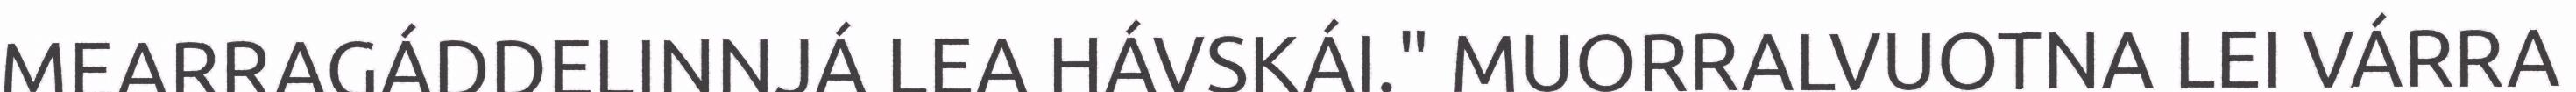
MEARRAGÁDDELINNJÁ LEA HÁVSKÁI." MUORRALVUOTNA LEI VÁRRA